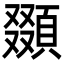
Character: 䫎